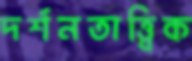
দর্শনতাত্ত্বিক